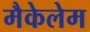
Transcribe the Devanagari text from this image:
मैकेलेम